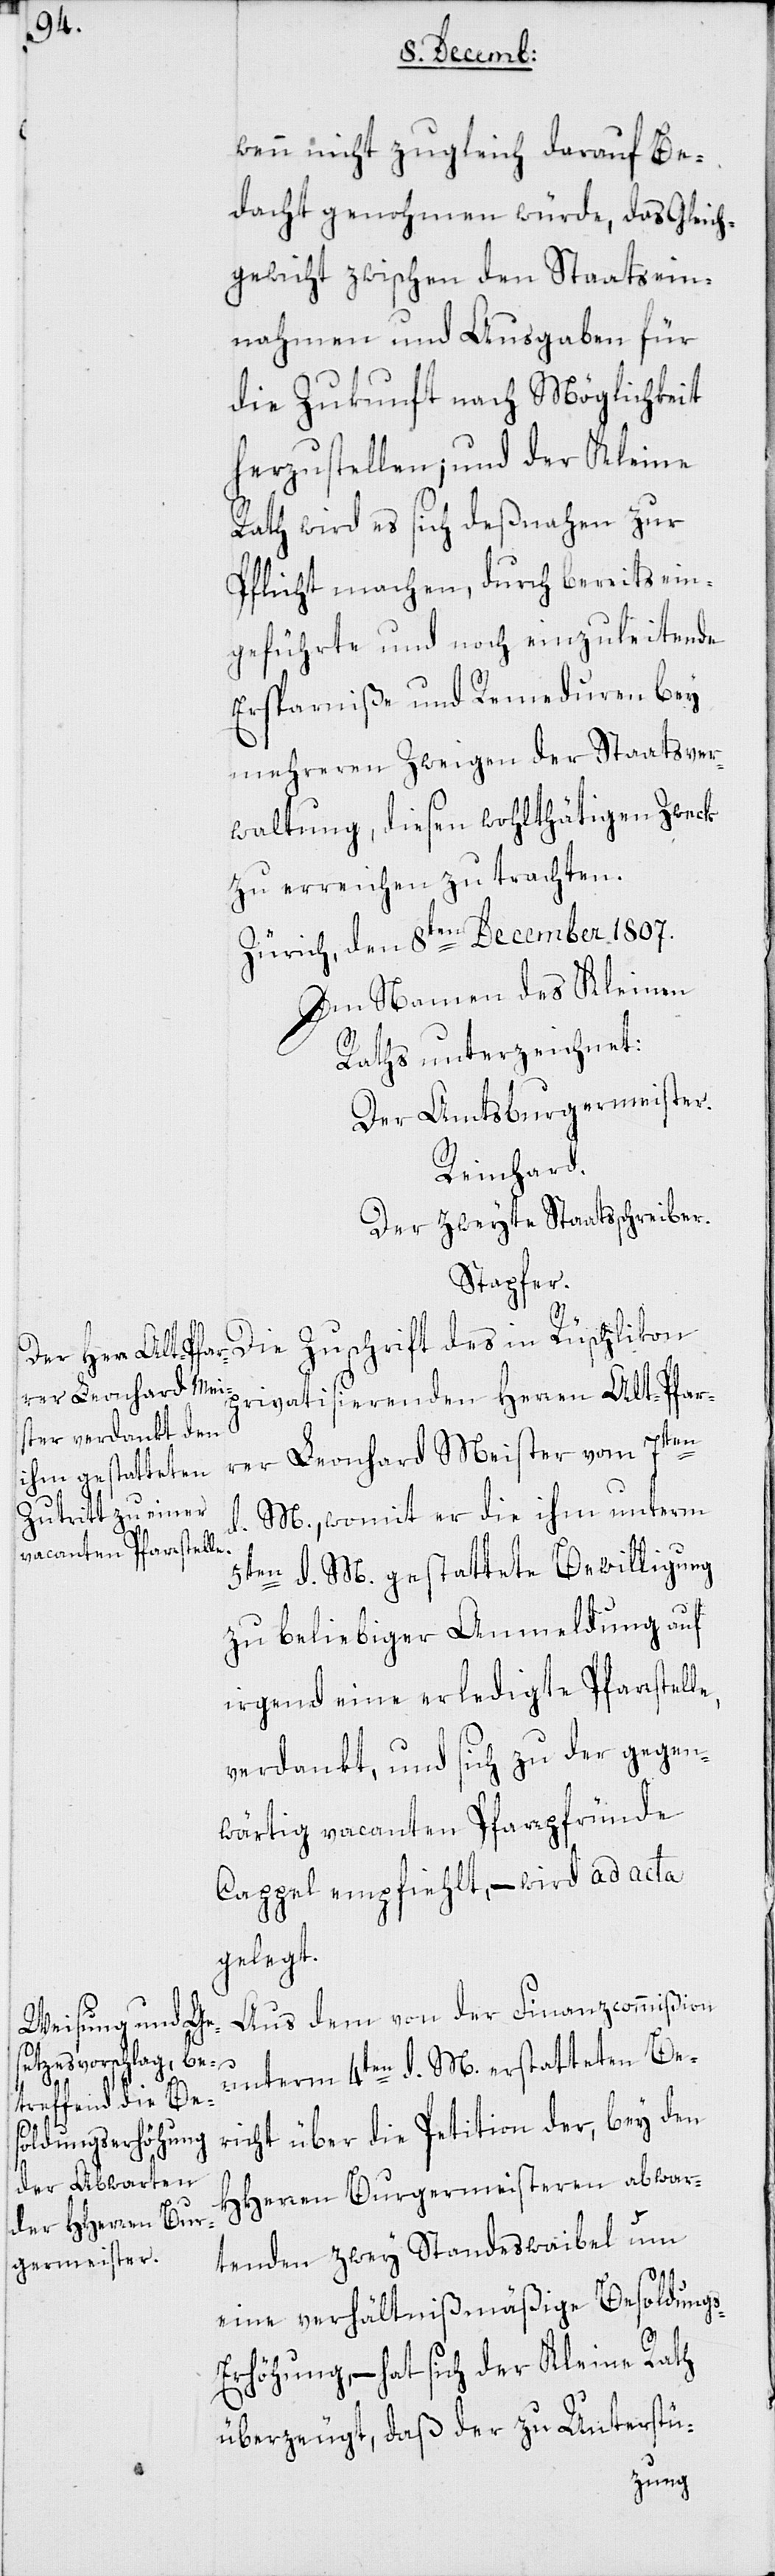
wenn nicht zugleich darauf Be¬
dacht genohmen würde, das Gleich¬
gewicht zwischen den Staatsein¬
nahmen und Ausgaben für
die Zukunft nach Möglichkeit
herzustellen; und der Kleine
Rath wird es sich deßnahen zur
Pflicht machen, durch bereits ein¬
geführte und noch einzuleitende
Ersparniße und Remeduren bey
mehreren Zweigen der Staatsver¬
waltung, diesen wohlthätigen Zweck
zu erreichen zu trachten.
Zürich, den 8ten December 1807.
Im Namen des Kleinen
Raths unterzeichnet:
Der Amtsburgermeister.
Reinhard.
Der zweite Staatsschreiber.
Stapfer.
Die Zuschrift des in Rüschlikon
privatisierenden Herren Alt-Pfar¬
rer Leonhard Meister vom 7ten
d. M., womit er die ihm unterm
5ten d. M. gestattete Bewilligung
zu beliebiger Anmeldung auf
irgend eine erledigte Pfarrstell¬
verdankt, und sich zu der gegen¬
wärtig vacanten Pfarrpfründe
Cappel empfiehlt, – wird ad acta
gelegt.
Aus dem von der Finanzcommißion
e,
unterm 4ten d. M. erstatteten Be¬
richt über die Petition der, bey den
HHerren Burgermeisteren abwar¬
tenden zwey Standeswaibel um
eine verhältnißmäßige Besoldung¬
s-Erhöhung, – hat sich der Kleine Rath
überzeugt, daß der zu Unterstü-